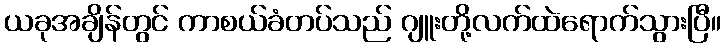
ယခုအချိန်တွင် ကာစယ်ခံတပ်သည် ဂျူးတို့လက်ထဲရောက်သွားပြီ။